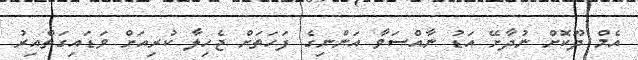
އެމް ދޫކޮށް ނުދާށޭ އަޑު ނާއްސަވާ އަންނިގެ ފަހަތަށް ޖެހިލާ ކުރިއަށް ވަޑައިގަތްއިރު